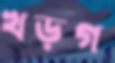
খড়গ